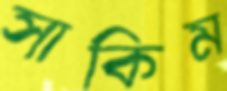
সাকিম